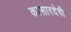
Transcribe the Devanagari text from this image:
कासारदेवी